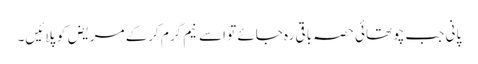
پانی جب چوتھائی حصہ باقی رہ جائے تو اسے نیم گرم کرکے مریض کو پلائیں۔